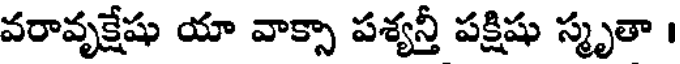
వరావృక్షేషు యా వాక్సా పశ్యన్తీ పక్షిషు స్మృతా ।